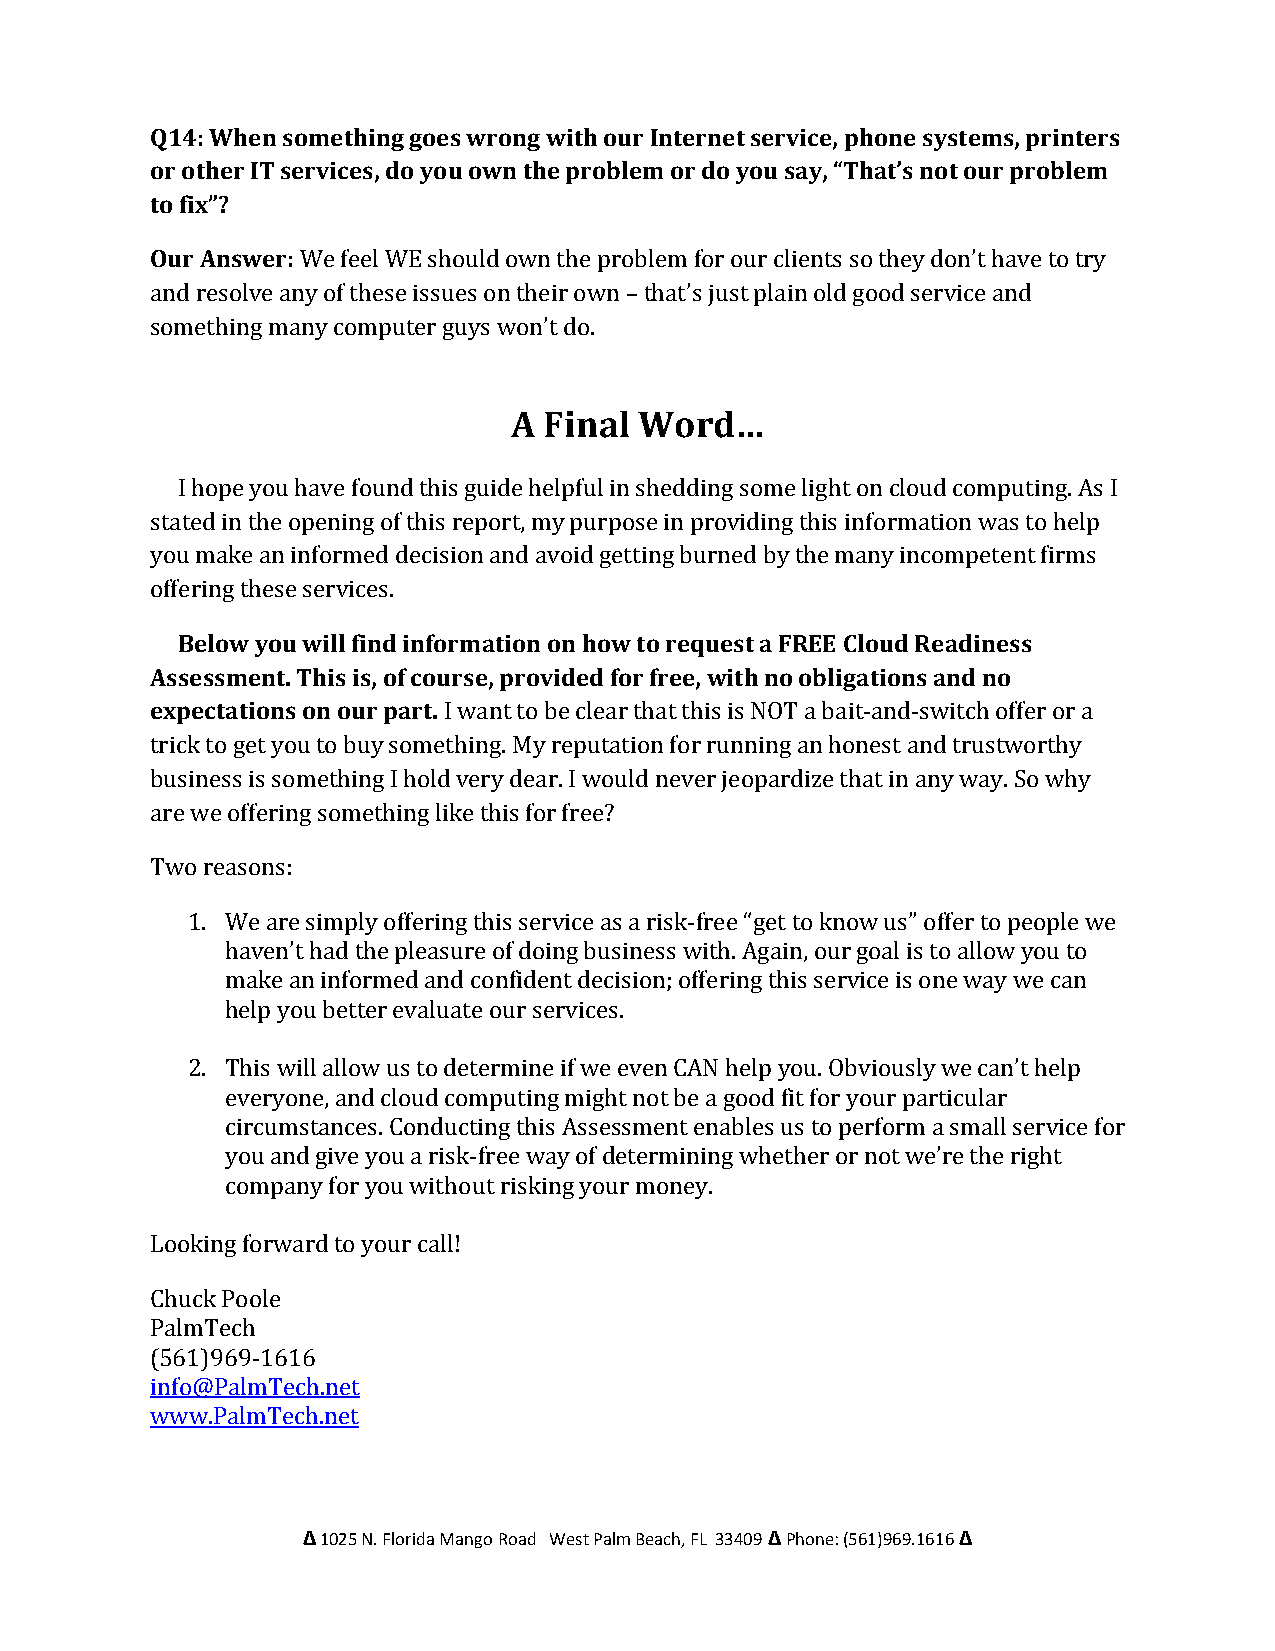
Q14: When something goes wrong with our Internet service, phone systems, printers
 or other IT services, do you own the problem or do you say, “That’s not our problem
 to fix”?
 Our Answer: We feel WE should own the problem for our clients so they don’t have to try
 and resolve any of these issues on their own – that’s just plain old good service and
 something many computer guys won’t do.
 A Final Word…
 I hope you have found this guide helpful in shedding some light on cloud computing. As I
 stated in the opening of this report, my purpose in providing this information was to help
 you make an informed decision and avoid getting burned by the many incompetent firms
 offering these services.
 Below you will find information on how to request a FREE Cloud Readiness
 Assessment. This is, of course, provided for free, with no obligations and no
 expectations on our part. I want to be clear that this is NOT a bait-and-switch offer or a
 trick to get you to buy something. My reputation for running an honest and trustworthy
 business is something I hold very dear. I would never jeopardize that in any way. So why
 are we offering something like this for free?
 Two reasons:
 1. We are simply offering this service as a risk-free “get to know us” offer to people we
 haven’t had the pleasure of doing business with. Again, our goal is to allow you to
 make an informed and confident decision; offering this service is one way we can
 help you better evaluate our services.
 2. This will allow us to determine if we even CAN help you. Obviously we can’t help
 everyone, and cloud computing might not be a good fit for your particular
 circumstances. Conducting this Assessment enables us to perform a small service for
 you and give you a risk-free way of determining whether or not we’re the right
 company for you without risking your money.
 Looking forward to your call!
 Chuck Poole
 PalmTech
 (561)969-1616
 info@PalmTech.net
 www.PalmTech.net
 Δ 1025 N. Florida Mango Road West Palm Beach, FL 33409 Δ Phone: (561)969.1616 Δ